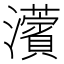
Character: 𤄠